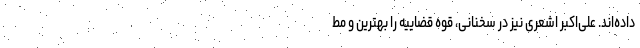
داده‌اند. علی‌اکبر اشعری نیز در سخنانی، قوه قضاییه را بهترین و مط